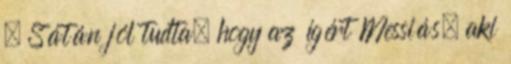
. Sátán jól tudta, hogy az ígért Messiás, aki